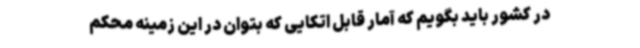
در کشور باید بگویم که آمار قابل اتکایی که بتوان در این زمینه محکم